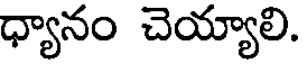
ధ్యానం చెయ్యాలి.